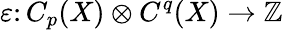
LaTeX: \varepsilon\colon C_{p}(X)\otimes C^{q}(X)\to\mathbb{Z}